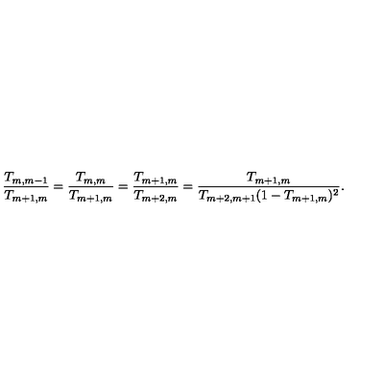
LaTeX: \frac { T _ { m , m - 1 } } { T _ { m + 1 , m } } = \frac { T _ { m , m } } { T _ { m + 1 , m } } = \frac { T _ { m + 1 , m } } { T _ { m + 2 , m } } = \frac { T _ { m + 1 , m } } { T _ { m + 2 , m + 1 } ( 1 - T _ { m + 1 , m } ) ^ { 2 } } .